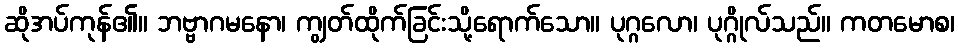
ဆိုအပ်ကုန်၏။ ဘဗ္ဗာဂမနော၊ ကျွတ်ထိုက်ခြင်းသို့ရောက်သော။ ပုဂ္ဂလော၊ ပုဂ္ဂိုလ်သည်။ ကတမောစ၊